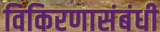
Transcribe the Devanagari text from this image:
विकिरणासंबंधी